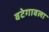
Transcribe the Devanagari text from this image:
वटेगावला